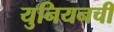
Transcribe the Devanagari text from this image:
युनियनची